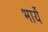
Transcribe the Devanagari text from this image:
भार्ये